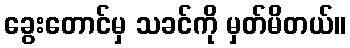
ခွေးတောင်မှ သခင်ကို မှတ်မိတယ်။